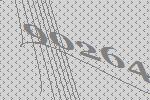
90264